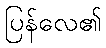
ပြန်လေ၏